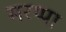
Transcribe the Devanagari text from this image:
मरप्पा